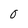
Character: O